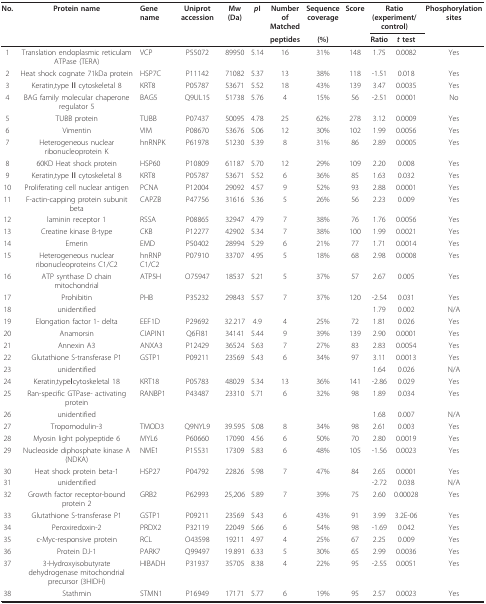
<table><thead><tr><td><b>No.</b></td><td><b>Protein name</b></td><td><b>Gene name</b></td><td><b>Uniprot accession</b></td><td><b>Mw(Da)</b></td><td><b><i>p</i>I</b></td><td><b>Number ofMatched</b></td><td><b>Sequencecoverage</b></td><td><b>Score</b></td><td colspan="2"><b>Ratio(experiment/control)</b></td><td><b>Phosphorylation sites</b></td></tr><tr><td></td><td></td><td></td><td></td><td></td><td></td><td><b>peptides</b></td><td><b>(%)</b></td><td></td><td><b>Ratio</b></td><td><b><i>t </i>test</b></td><td></td></tr></thead><tbody><tr><td>1</td><td>Translation endoplasmic reticulam ATPase (TERA)</td><td>VCP</td><td>P55072</td><td>89950</td><td>5.14</td><td>16</td><td>31%</td><td>148</td><td>1.75</td><td>0.0082</td><td>Yes</td></tr><tr><td>2</td><td>Heat shock cognate 71kDa protein</td><td>HSP7C</td><td>P11142</td><td>71082</td><td>5.37</td><td>13</td><td>38%</td><td>118</td><td>-1.51</td><td>0.018</td><td>Yes</td></tr><tr><td>3</td><td>Keratin,type II cytoskeletal 8</td><td>KRT8</td><td>P05787</td><td>53671</td><td>5.52</td><td>18</td><td>43%</td><td>139</td><td>3.47</td><td>0.0035</td><td>Yes</td></tr><tr><td>4</td><td>BAG family molecular chaperone regulator 5</td><td>BAG5</td><td>Q9UL15</td><td>51738</td><td>5.76</td><td>4</td><td>15%</td><td>56</td><td>-2.51</td><td>0.0001</td><td>No</td></tr><tr><td>5</td><td>TUBB protein</td><td>TUBB</td><td>P07437</td><td>50095</td><td>4.78</td><td>25</td><td>62%</td><td>278</td><td>3.12</td><td>0.0009</td><td>Yes</td></tr><tr><td>6</td><td>Vimentin</td><td>VIM</td><td>P08670</td><td>53676</td><td>5.06</td><td>12</td><td>30%</td><td>102</td><td>1.99</td><td>0.0056</td><td>Yes</td></tr><tr><td>7</td><td>Heterogeneous nuclear ribonucleoprotein K</td><td>hnRNPK</td><td>P61978</td><td>51230</td><td>5.39</td><td>8</td><td>31%</td><td>86</td><td>2.89</td><td>0.0005</td><td>Yes</td></tr><tr><td>8</td><td>60KD Heat shock protein</td><td>HSP60</td><td>P10809</td><td>61187</td><td>5.70</td><td>12</td><td>29%</td><td>109</td><td>2.20</td><td>0.008</td><td>Yes</td></tr><tr><td>9</td><td>Keratin,type II cytoskeletal 8</td><td>KRT8</td><td>P05787</td><td>53671</td><td>5.52</td><td>6</td><td>36%</td><td>85</td><td>1.63</td><td>0.032</td><td>Yes</td></tr><tr><td>10</td><td>Proliferating cell nuclear antigen</td><td>PCNA</td><td>P12004</td><td>29092</td><td>4.57</td><td>9</td><td>52%</td><td>93</td><td>2.88</td><td>0.0001</td><td>Yes</td></tr><tr><td>11</td><td>F-actin-capping protein subunit beta</td><td>CAPZB</td><td>P47756</td><td>31616</td><td>5.36</td><td>5</td><td>26%</td><td>56</td><td>2.23</td><td>0.009</td><td>Yes</td></tr><tr><td>12</td><td>laminin receptor 1</td><td>RSSA</td><td>P08865</td><td>32947</td><td>4.79</td><td>7</td><td>38%</td><td>76</td><td>1.76</td><td>0.0056</td><td>Yes</td></tr><tr><td>13</td><td>Creatine kinase B-type</td><td>CKB</td><td>P12277</td><td>42902</td><td>5.34</td><td>7</td><td>38%</td><td>100</td><td>1.99</td><td>0.0021</td><td>Yes</td></tr><tr><td>14</td><td>Emerin</td><td>EMD</td><td>P50402</td><td>28994</td><td>5.29</td><td>6</td><td>21%</td><td>77</td><td>1.71</td><td>0.0014</td><td>Yes</td></tr><tr><td>15</td><td>Heterogeneous nuclear ribonucleoproteins C1/C2</td><td>hnRNP C1/C2</td><td>P07910</td><td>33707</td><td>4.95</td><td>5</td><td>18%</td><td>68</td><td>2.98</td><td>0.0008</td><td>Yes</td></tr><tr><td>16</td><td>ATP synthase D chain mitochondrial</td><td>ATP5H</td><td>O75947</td><td>18537</td><td>5.21</td><td>5</td><td>37%</td><td>57</td><td>2.67</td><td>0.005</td><td>Yes</td></tr><tr><td>17</td><td>Prohibitin</td><td>PHB</td><td>P35232</td><td>29843</td><td>5.57</td><td>7</td><td>37%</td><td>120</td><td>-2.54</td><td>0.031</td><td>Yes</td></tr><tr><td>18</td><td>unidentified</td><td></td><td></td><td></td><td></td><td></td><td></td><td></td><td>1.79</td><td>0.002</td><td>N/A</td></tr><tr><td>19</td><td>Elongation factor 1- delta</td><td>EEF1D</td><td>P29692</td><td>32.217</td><td>4.9</td><td>4</td><td>25%</td><td>72</td><td>1.81</td><td>0.026</td><td>Yes</td></tr><tr><td>20</td><td>Anamorsin</td><td>CIAPIN1</td><td>Q6FI81</td><td>34141</td><td>5.44</td><td>9</td><td>39%</td><td>139</td><td>2.90</td><td>0.0001</td><td>Yes</td></tr><tr><td>21</td><td>Annexin A3</td><td>ANXA3</td><td>P12429</td><td>36524</td><td>5.63</td><td>7</td><td>27%</td><td>83</td><td>2.83</td><td>0.0054</td><td>Yes</td></tr><tr><td>22</td><td>Glutathione S-transferase P1</td><td>GSTP1</td><td>P09211</td><td>23569</td><td>5.43</td><td>6</td><td>34%</td><td>97</td><td>3.11</td><td>0.0013</td><td>Yes</td></tr><tr><td>23</td><td>unidentified</td><td></td><td></td><td></td><td></td><td></td><td></td><td></td><td>1.64</td><td>0.026</td><td>N/A</td></tr><tr><td>24</td><td>Keratin,typeIcytoskeletal 18</td><td>KRT18</td><td>P05783</td><td>48029</td><td>5.34</td><td>13</td><td>36%</td><td>141</td><td>-2.86</td><td>0.029</td><td>Yes</td></tr><tr><td>25</td><td>Ran-specific GTPase- activating protein</td><td>RANBP1</td><td>P43487</td><td>23310</td><td>5.71</td><td>6</td><td>32%</td><td>98</td><td>1.89</td><td>0.034</td><td>Yes</td></tr><tr><td>26</td><td>unidentified</td><td></td><td></td><td></td><td></td><td></td><td></td><td></td><td>1.68</td><td>0.007</td><td>N/A</td></tr><tr><td>27</td><td>Tropomodulin-3</td><td>TMOD3</td><td>Q9NYL9</td><td>39.595</td><td>5.08</td><td>8</td><td>34%</td><td>98</td><td>2.61</td><td>0.003</td><td>Yes</td></tr><tr><td>28</td><td>Myosin light polypeptide 6</td><td>MYL6</td><td>P60660</td><td>17090</td><td>4.56</td><td>6</td><td>50%</td><td>70</td><td>2.80</td><td>0.0019</td><td>Yes</td></tr><tr><td>29</td><td>Nucleoside diphosphate kinase A (NDKA)</td><td>NME1</td><td>P15531</td><td>17309</td><td>5.83</td><td>6</td><td>48%</td><td>105</td><td>-1.56</td><td>0.0023</td><td>Yes</td></tr><tr><td>30</td><td>Heat shock protein beta-1</td><td>HSP27</td><td>P04792</td><td>22826</td><td>5.98</td><td>7</td><td>47%</td><td>84</td><td>2.65</td><td>0.0001</td><td>Yes</td></tr><tr><td>31</td><td>unidentified</td><td></td><td></td><td></td><td></td><td></td><td></td><td></td><td>-2.72</td><td>0.038</td><td>N/A</td></tr><tr><td>32</td><td>Growth factor receptor-bound protein 2</td><td>GRB2</td><td>P62993</td><td>25,206</td><td>5.89</td><td>7</td><td>39%</td><td>75</td><td>2.60</td><td>0.00028</td><td>Yes</td></tr><tr><td>33</td><td>Glutathione S-transferase P1</td><td>GSTP1</td><td>P09211</td><td>23569</td><td>5.43</td><td>6</td><td>43%</td><td>91</td><td>3.99</td><td>3.2E-06</td><td>Yes</td></tr><tr><td>34</td><td>Peroxiredoxin-2</td><td>PRDX2</td><td>P32119</td><td>22049</td><td>5.66</td><td>6</td><td>54%</td><td>98</td><td>-1.69</td><td>0.042</td><td>Yes</td></tr><tr><td>35</td><td>c-Myc-responsive protein</td><td>RCL</td><td>O43598</td><td>19211</td><td>4.97</td><td>4</td><td>25%</td><td>67</td><td>2.25</td><td>0.009</td><td>Yes</td></tr><tr><td>36</td><td>Protein DJ-1</td><td>PARK7</td><td>Q99497</td><td>19.891</td><td>6.33</td><td>5</td><td>30%</td><td>65</td><td>2.99</td><td>0.0036</td><td>Yes</td></tr><tr><td>37</td><td>3-Hydroxyisobutyrate dehydrogenase mitochondrialprecursor (3HIDH)</td><td>HIBADH</td><td>P31937</td><td>35705</td><td>8.38</td><td>4</td><td>22%</td><td>95</td><td>-2.55</td><td>0.0051</td><td>Yes</td></tr><tr><td>38</td><td>Stathmin</td><td>STMN1</td><td>P16949</td><td>17171</td><td>5.77</td><td>6</td><td>19%</td><td>95</td><td>2.57</td><td>0.0023</td><td>Yes</td></tr></tbody></table>